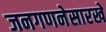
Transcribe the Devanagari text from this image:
जनगणनेसारखे